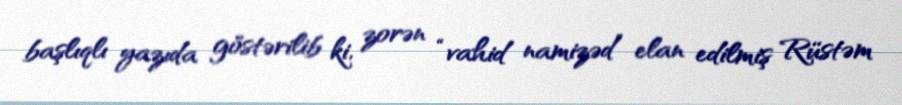
başlıqlı yazıda göstərilib ki, zorən “vahid namizəd” elan edilmiş Rüstəm